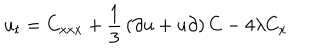
u _ { t } = C _ { x x x } + { \frac { 1 } { 3 } } \left( \partial u + u \partial \right) C - 4 \lambda C _ { x }